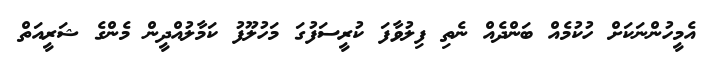
އެމީހުންނަކަށް ހުކުމެއް ބަންދެއް ނެތި ފިލުވާފަ ކުރީސަފުގަ މަހުލޫފު ކަމާލުއްދީން މެންގެ ޝަރީއަތް